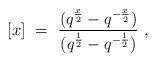
LaTeX: \begin{align*}[x]~=~{(q^{\frac x 2} -q^{-\frac x 2}) \over (q^{\frac 1 2}- q^{-\frac 1 2})}~,\end{align*}